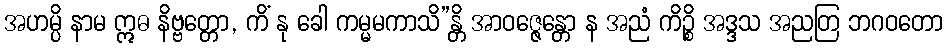
အဟမ္ပိ နာမ ဣဓ နိဗ္ဗတ္တော, ကိံ နု ခေါ ကမ္မမကာသိ”န္တိ အာဝဇ္ဇေန္တော န အညံ ကိဉ္စိ အဒ္ဒသ အညတြ ဘဂဝတော